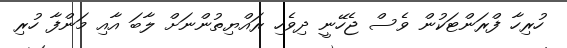
ހުރިހާ ފްރަންޓަކުން ވެސް ޖެހޭނީ ދިވެހި ރައްޔިތުންނަށް ލާބަ އާއި މަންފާ ހުރި